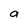
Character: a